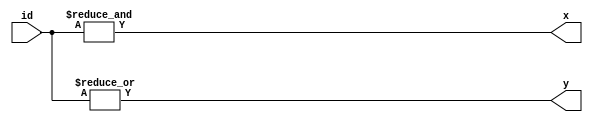
module reduction (
	input [3:0] id, output x, output y
);
assign x = &id;
assign y = |id;
endmodule